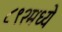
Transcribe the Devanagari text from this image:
८९२मध्ये